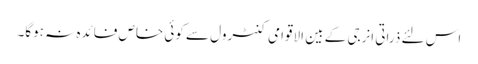
اس لئے ذراتی انرجی کے بین الاقوامی کنٹرول سے کوئی خاص فائدہ نہ ہوگا۔